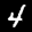
Label: 4